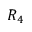
R _ { 4 }